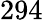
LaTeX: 294